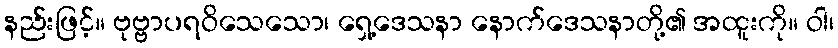
နည်းဖြင့်။ ဗုဗ္ဗာပရဝိသေသော၊ ရှေ့ဒေသနာ နောက်ဒေသနာတို့၏ အထူးကို။ ဝါ၊